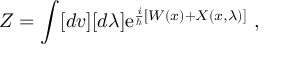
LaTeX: Z = \int [ d v ] [ d \lambda ] \mathrm { e } ^ { \frac { i } { \hbar } \left[ W ( x ) + X ( x , \lambda ) \right] } { } ~ ,